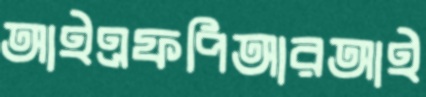
আইএফপিআরআই